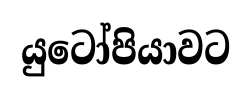
යුටෝපියාවට